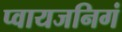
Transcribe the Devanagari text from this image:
प्वायजनिगं